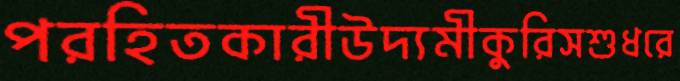
পরহিতকারীউদ্যমীকুরিসশুধরে